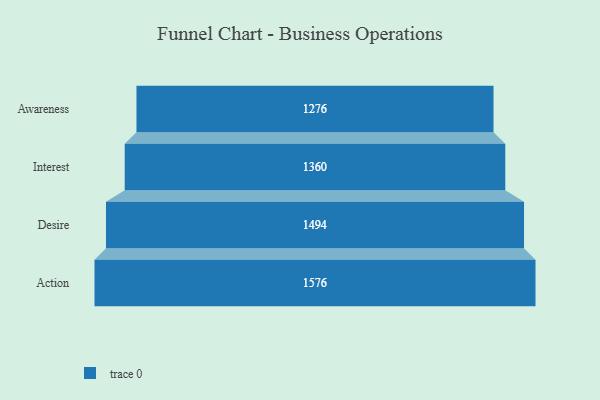
{"axis": {"x": "Stage", "y": "Value"}, "legend": [""], "data": [{"x": "Awareness", "y": 1276.0, "type": ""}, {"x": "Interest", "y": 1360.0, "type": ""}, {"x": "Desire", "y": 1494.0, "type": ""}, {"x": "Action", "y": 1576.0, "type": ""}]}